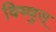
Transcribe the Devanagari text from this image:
विष्णुस्